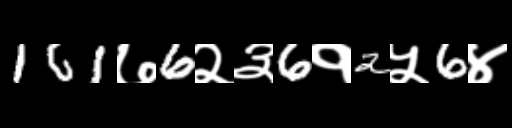
Text: 161७6२३6१2५6४